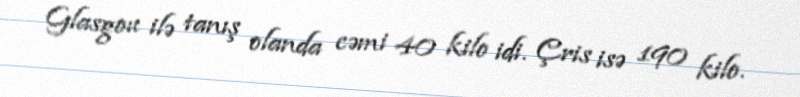
Glasgou ilə tanış olanda cəmi 40 kilo idi. Çris isə 190 kilo.